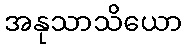
အနုသာသိယော